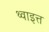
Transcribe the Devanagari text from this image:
थ्वाइत्त